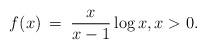
LaTeX: \begin{align*}f(x) \:=\: \frac{x}{x-1} \log{x}, x>0.\end{align*}